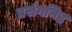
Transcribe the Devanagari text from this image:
प्रसंगनिष्ठ